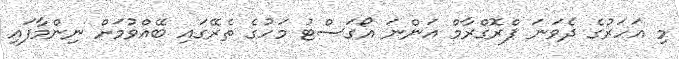
މި އަހަރުގެ ދެވަނަ ޕްރޮގްރާމް އަންނަ އޯގަސްޓު މަހުގެ ތެރޭގައި ބޭއްވުމަށް ނިންމާފައި